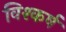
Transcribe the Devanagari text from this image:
विश्कर्ष